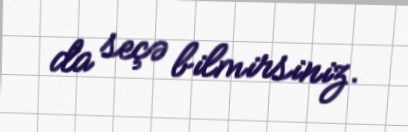
da seçə bilmirsiniz.